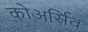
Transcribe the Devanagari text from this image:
कोअर्सिव